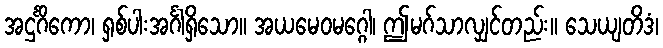
အဌင်္ဂိကော၊ ရှစ်ပါးအင်္ဂါရှိသော။ အယမေဝမဂ္ဂေါ၊ ဤမဂ်သာလျှင်တည်း။ သေယျတိဒံ၊